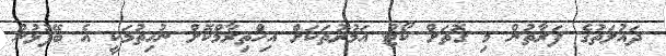
ދައުލަތުގެ ފަރާތުން މި ގޮތަށް ކޯޓު އަމުރުތަކަށް އިހްތިރާމްކޮށް ނުހިތުމަކީ އެ ބޭފުޅުން